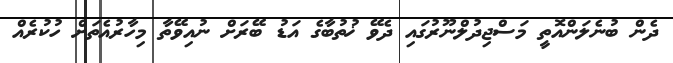
ދެން ބުނެލަންއޮތީ މަސްޖިދުލްނޫރުގައި ދެވޭ ޚުތުބާގެ އަޑު ބޭރަށް ނުއިވޭތާ މިހާރުއެތަށް ހުކުރެއް